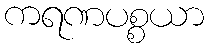
ကရဏပစ္စယာ